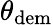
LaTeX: \theta_{\mathrm{dem}}